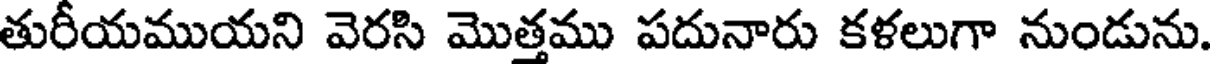
తురీయముయని వెరసి మొత్తము పదునారు కళలుగా నుండును